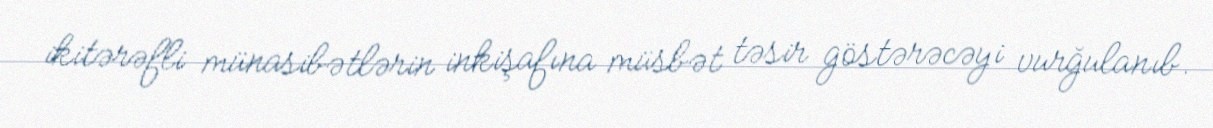
ikitərəfli münasibətlərin inkişafına müsbət təsir göstərəcəyi vurğulanıb.